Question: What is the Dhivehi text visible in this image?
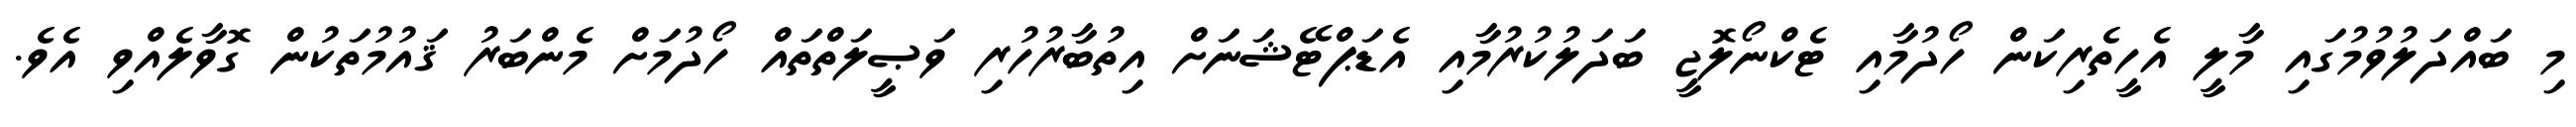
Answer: މި ބައްދަލުވުމުގައި މާލީ އެހީތެރިކަން ހޯދުމާއި ޓެކްނޯލޮޖީ ބަދަލުކުރުމާއި އެޑަޕްޓޭޝަނަށް އިތުބާރުހުރި ވަޞީލަތްތައް ހޯދުމަށް މެންބަރު ޤައުމުތަކުން ގޮވާލެއްވި އެވެ.